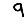
Digit: 9